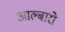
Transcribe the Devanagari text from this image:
आल्बारो